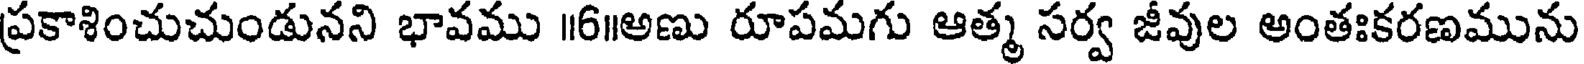
ప్రకాశించుచుండునని భావము ॥6॥అణు రూపమగు ఆత్మ సర్వ జీవుల అంతఃకరణమును